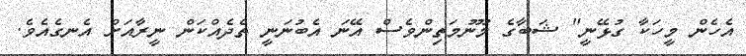
އެހެން މީހަކާ ގުޅޭނީ" ޝަބާގެ މޫނުމަތިންވެސް އޭނަ އެބުނަނީ ތެދެއްކަން ނީރާއަށް އެނގެއެވެ.